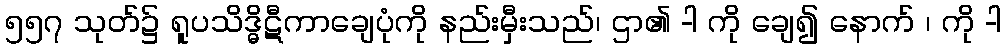
၅၅၇ သုတ်၌ ရူပသိဒ္ဓိဋီကာချေပုံကို နည်းမှီးသည်၊ ဌာ၏ -ါ ကို ချေ၍ နောက် ၊ ကို -ါ